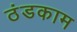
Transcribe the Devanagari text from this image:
ठंडकाम